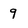
Character: 9